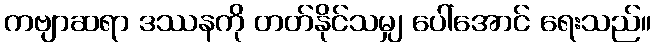
ကဗျာဆရာ ဒဿနကို တတ်နိုင်သမျှ ပေါ်အောင် ရေးသည်။